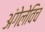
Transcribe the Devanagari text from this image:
अंगेलेविच